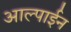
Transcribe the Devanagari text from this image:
आल्पाईन